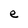
Character: e